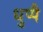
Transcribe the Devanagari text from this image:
धुप्पै